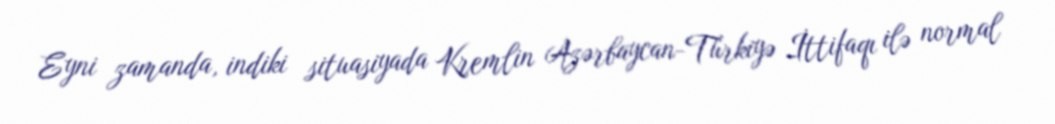
Eyni zamanda, indiki situasiyada Kremlin Azərbaycan-Türkiyə İttifaqı ilə normal